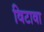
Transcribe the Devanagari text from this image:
विटावा